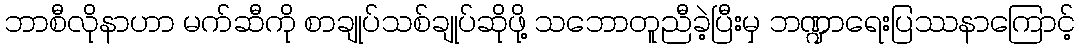
ဘာစီလိုနာဟာ မက်ဆီကို စာချုပ်သစ်ချုပ်ဆိုဖို့ သဘောတူညီခဲ့ပြီးမှ ဘဏ္ဍာရေးပြဿနာကြောင့်